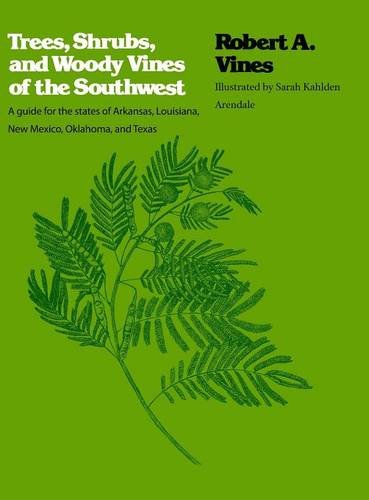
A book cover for Trees, Shrubs, and Woody Vines of the Southwest; Robert A. Vines; Crafts, Hobbies & Home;